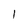
Character: 1